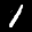
Digit: 1